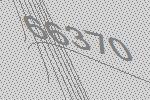
66370